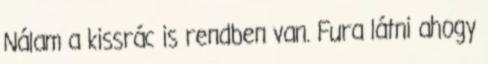
Nálam a kissrác is rendben van. Fura látni ahogy